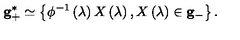
{ \bf g } _ { + } ^ { * } \simeq \left\{ \phi ^ { - 1 } \left( \lambda \right) X \left( \lambda \right) , X \left( \lambda \right) \in { \bf g } _ { - } \right\} .